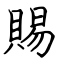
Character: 賜